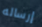
إرساله